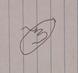
Signature authenticity: forged